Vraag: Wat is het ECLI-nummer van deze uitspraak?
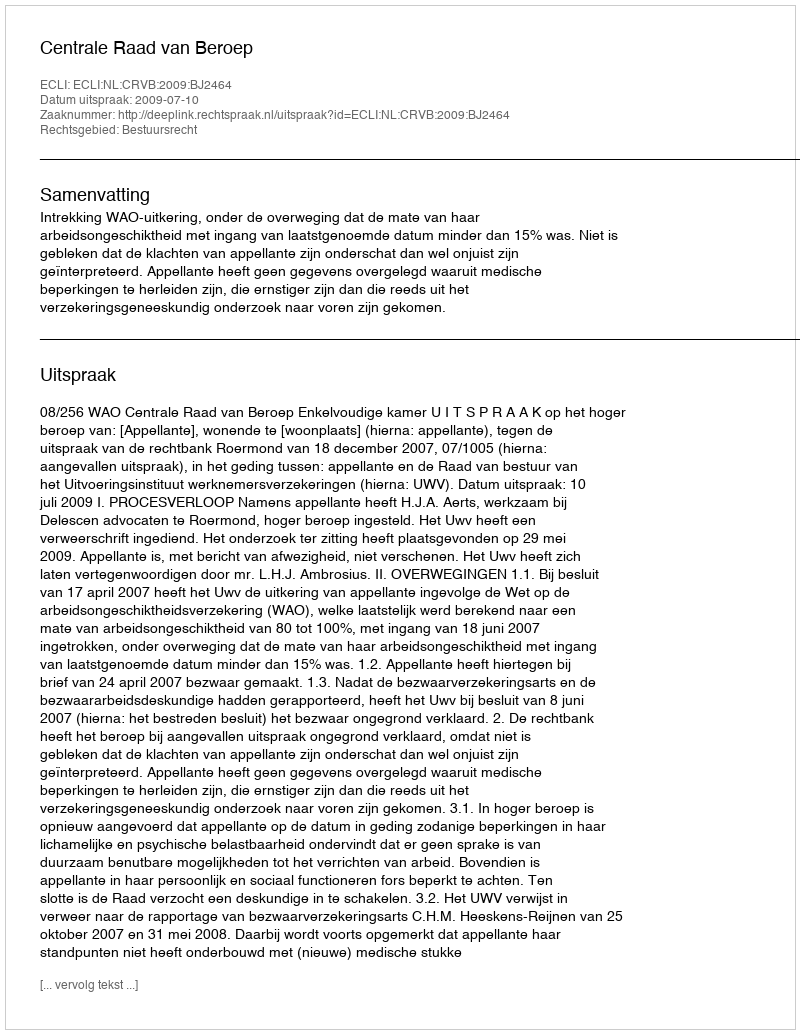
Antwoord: ECLI:NL:CRVB:2009:BJ2464